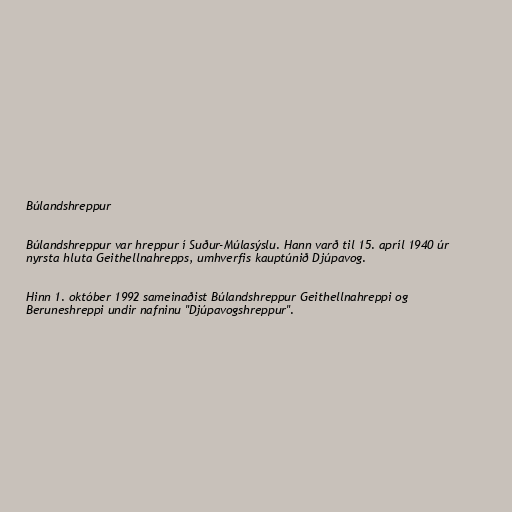
Búlandshreppur

Búlandshreppur var hreppur í Suður-Múlasýslu. Hann varð til 15. apríl 1940 úr
nyrsta hluta Geithellnahrepps, umhverfis kauptúnið Djúpavog.

Hinn 1. október 1992 sameinaðist Búlandshreppur Geithellnahreppi og
Beruneshreppi undir nafninu "Djúpavogshreppur".